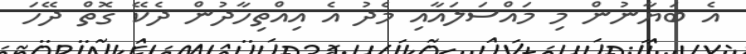
އެ ބަޔާނުން މި މައްސަލައާއި މެދު އެ އިއްތިހާދުން ދެކޭ ގޮތް ދޭހަ